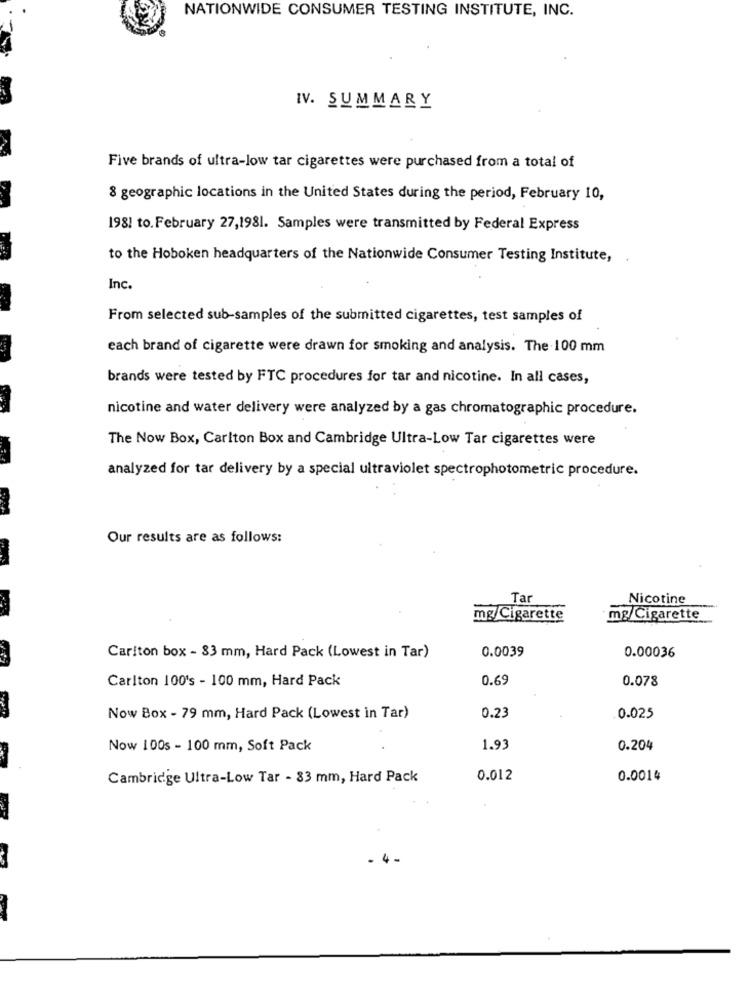
NATIONWIDE CONSUMER TESTING INSTITUTE, INC.
IV. SUMMARY
Five brands of ultra-low tar cigarettes were purchased from a total of
8 geographic locations in the United States during the period, February 10,
1981 to. February 27,1981. Samples were transmitted by Federal Express
to the Hoboken headquarters of the Nationwide Consumer Testing Institute,
Inc.
From selected sub-samples of the submitted cigarettes, test samples of
each brand of cigarette were drawn for smoking and analysis. The 100 mm
brands were tested by FTC procedures for tar and nicotine. In all cases,
nicotine and water delivery were analyzed by a gas chromatographic procedure.
The Now Box, Carlton Box and Cambridge Ultra-Low Tar cigarettes were
analyzed for tar delivery by a special ultraviolet spectrophotometric procedure.
Our results are as follows:
-
Tar
Nicotine
mg/Cigarette
mg/Cigarette
0.0039
Carlton box - 83 mm, Hard Pack (Lowest in Tar)
0.00036
Carlton 100's - 100 mm, Hard Pack
0.69
0.078
Now Box - 79 mm, Hard Pack (Lowest in Tar)
0.23
0.025
Now 100s - 100 mm, Soft Pack
1.93
0.204
Cambridge Ultra-Low Tar - 83 mm, Hard Pack
0.012
0.0014
. 4-